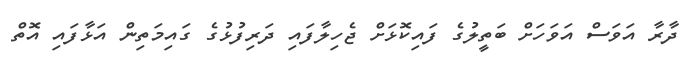
ދާރާ އަވަސް އަވަހަށް ބަތީލުގެ ފައިކޮޅަށް ޖެހިލާފައި ދަރިފުޅުގެ ގައިމަތިން އަޅާފައި އޮތް